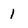
Character: 1